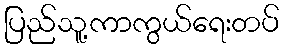
ပြည်သူ့ကာကွယ်ရေးတပ်